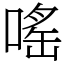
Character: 嗂